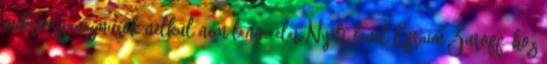
mikroorganizmusok nélkül nem lenne élet Nyílt levél Efraim Zuroff-hoz